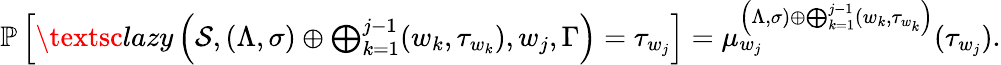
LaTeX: \begin{array}{r}{\mathbb P\left[\textsc{lazy}\left(\mathcal S,(\Lambda,\sigma)\oplus\bigoplus_{k=1}^{j-1}(w_{k},\tau_{w_{k}}),w_{j},\Gamma\right)=\tau_{w_{j}}\right]=\mu_{w_{j}}^{\left(\Lambda,\sigma)\oplus\bigoplus_{k=1}^{j-1}(w_{k},\tau_{w_{k}}\right)}(\tau_{w_{j}}).}\end{array}